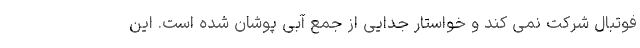
فوتبال شرکت نمی کند و خواستار جدایی از جمع آبی پوشان شده است. این